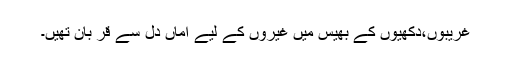
غریبوں،دکھیوں کے بھیس میں غیروں کے لیے اماں دل سے قر بان تھیں۔